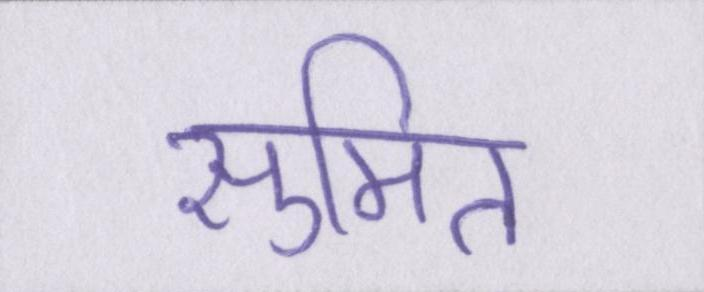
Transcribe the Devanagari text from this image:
सुमित